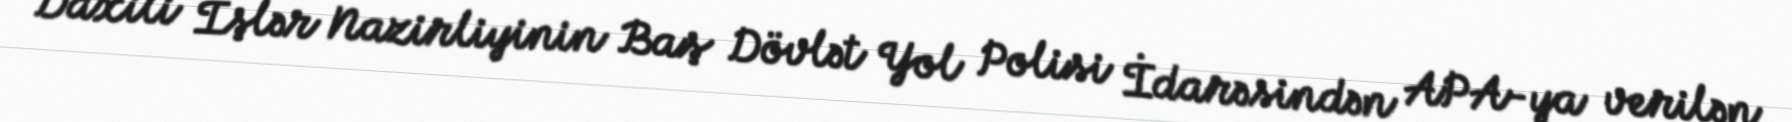
Daxili İşlər Nazirliyinin Baş Dövlət Yol Polisi İdarəsindən APA-ya verilən